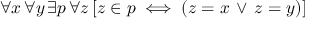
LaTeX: \forall x \, \forall y \, \exists p \, \forall z \, [ z \in p \iff ( z = x \, \lor \, z = y ) ]